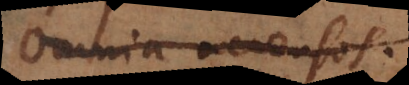
omnia accensos.